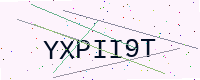
Text: YXPII9T